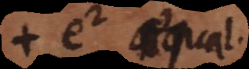
d 0 aequal.